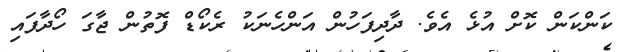
ކަންކަން ކޮށް އުޅެ އެވެ. ދާދިފަހުން އަންހެނަކު ރެކޯޑް ފޮތުން ޖާގަ ހޯދާފައި